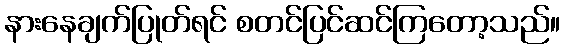
နားနေချက်ပြုတ်ရင် စတင်ပြင်ဆင်ကြတော့သည်။